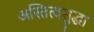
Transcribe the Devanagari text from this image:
अस्तित्वसुद्धा